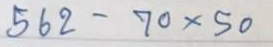
562 - 70 x 50